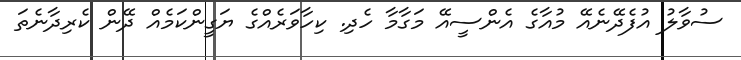
ސުވާލު އުފެދޭނެއޭ މުއާގެ އެންސީއޭ މަގާމާ ހެދި. ކިހާވަރެއްގެ ޔަގީންކަމެއް ދޭން ކެރިދާނެތަ